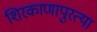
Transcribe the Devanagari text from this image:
शिरकाणापुरत्या